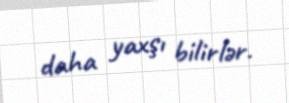
daha yaxşı bilirlər.